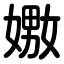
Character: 嫐